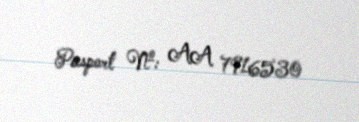
Pasport №: AA 7916530